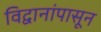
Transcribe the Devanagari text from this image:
विद्वानांपासून